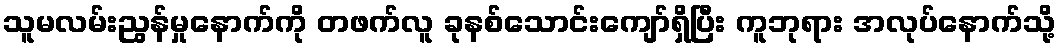
သူမလမ်းညွန်မှုနောက်ကို တဖက်လူ ခုနစ်သောင်းကျော်ရှိပြီး ကူဘုရား အလုပ်နောက်သို့